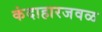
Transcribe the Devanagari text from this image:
कंदाहारजवळ